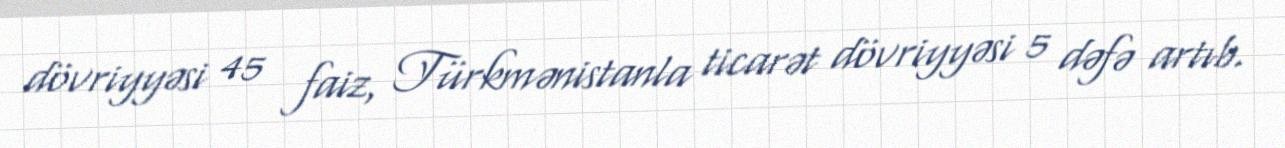
dövriyyəsi 45 faiz, Türkmənistanla ticarət dövriyyəsi 5 dəfə artıb.